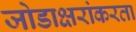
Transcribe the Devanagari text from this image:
जोडाक्षरांकरता